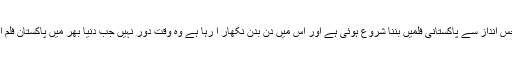
میں سمجھتی ہوں کہ جس انداز سے پاکستانی فلمیں بننا شروع ہوئی ہے اور اس میں دن بدن نکھار آ رہا ہے وہ وقت دور نہیں جب دنیا بھر میں پاکستان فلم انڈسٹری کا چرچا ہوگا۔